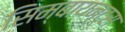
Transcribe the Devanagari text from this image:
सिम्बायन्ट्स